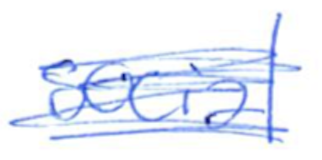
Text: social
Cross-out: scratch
Writing tool: ballpoint